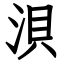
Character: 浿